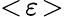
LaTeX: <\! \varepsilon\! >